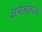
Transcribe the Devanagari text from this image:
अलडोराडो